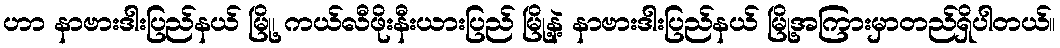
ဟာ နာဗားဒါးပြည်နယ် မြို့၊ ကယ်လီဖိုးနီးယားပြည် မြို့နဲ့ နာဗားဒါးပြည်နယ် မြို့အကြားမှာတည်ရှိပါတယ်။